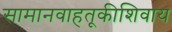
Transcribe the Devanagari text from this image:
सामानवाहतूकीशिवाय